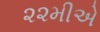
૨૨મીએ